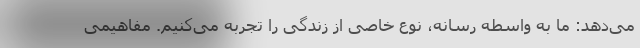
می‌دهد: ما به واسطه رسانه، نوع خاصی از زندگی را تجربه می‌کنیم. مفاهیمی